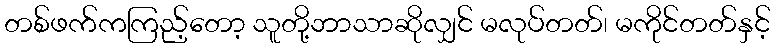
တစ်ဖက်ကကြည့်တော့ သူတို့ဘာသာဆိုလျှင် မလုပ်တတ်၊ မကိုင်တတ်နှင့်